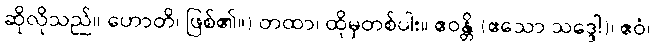
ဆိုလိုသည်။ ဟောတိ၊ ဖြစ်၏။) တထာ၊ ထိုမှတစ်ပါး။ ဧဝန္တိ (ဧသော သဒ္ဒေါ)၊ ဧဝံ၊